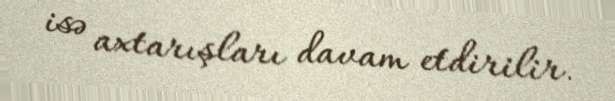
isə axtarışları davam etdirilir.